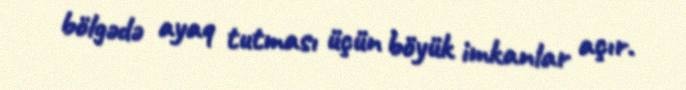
bölgədə ayaq tutması üçün böyük imkanlar açır.